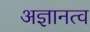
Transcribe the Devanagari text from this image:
अज्ञानत्व